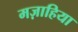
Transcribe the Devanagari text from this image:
मज़ाहिया